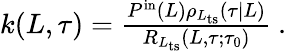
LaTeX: \begin{array}{r}{k(L,\tau)=\frac{P^{\mathrm{in}}(L)\rho_{L_{\mathrm{ts}}}(\tau|L)}{R_{L_{\mathrm{ts}}}(L,\tau;\tau_{0})}\ .}\end{array}